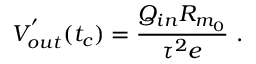
V _ { o u t } ^ { ' } ( t _ { c } ) = \frac { Q _ { i n } R _ { m _ { 0 } } } { \tau ^ { 2 } e } ~ .